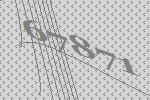
67871